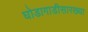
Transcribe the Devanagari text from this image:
घोडागाडीसारख्या